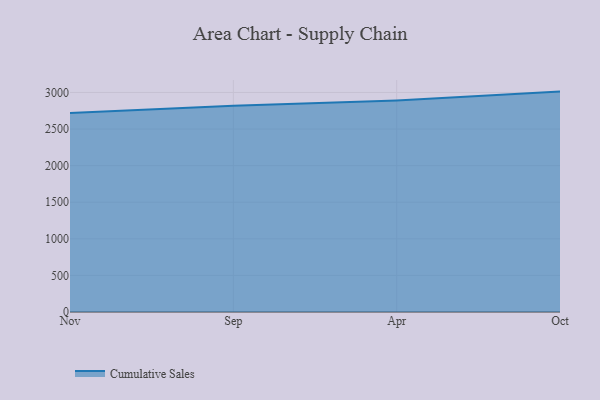
{"axis": {"x": "Month", "y": "Churn Rate (%)"}, "legend": ["Cumulative Sales"], "data": [{"x": "Nov", "y": 2719.9, "type": "Cumulative Sales"}, {"x": "Sep", "y": 2819.3, "type": "Cumulative Sales"}, {"x": "Apr", "y": 2890.9, "type": "Cumulative Sales"}, {"x": "Oct", "y": 3011.8, "type": "Cumulative Sales"}]}